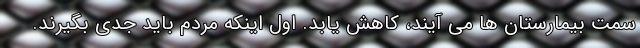
سمت بیمارستان ها می آیند، کاهش یابد. اول اینکه مردم باید جدی بگیرند.